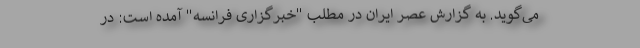
‌می‌گوید. به گزارش عصر ایران در مطلب "خبرگزاری فرانسه" آمده است: در